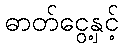
ဓာတ်ငွေ့နှင့်